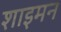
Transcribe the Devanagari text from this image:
शाइमन